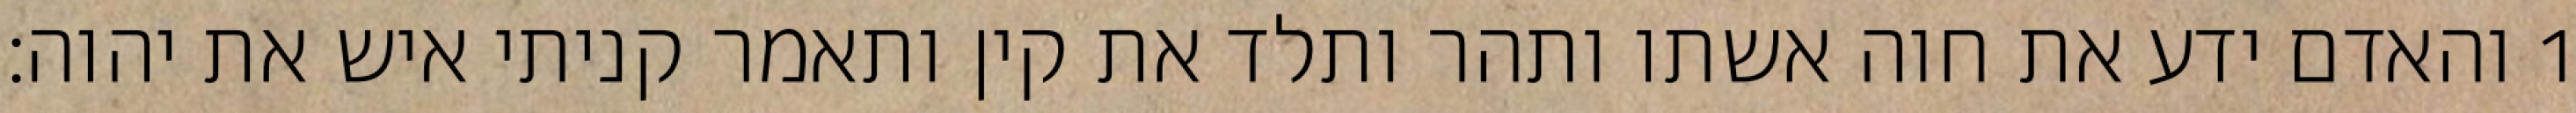
1 והאדם ידע את חוה אשתו ותהר ותלד את קין ותאמר קניתי איש את יהוה׃